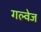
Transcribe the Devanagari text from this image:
गल्वेज